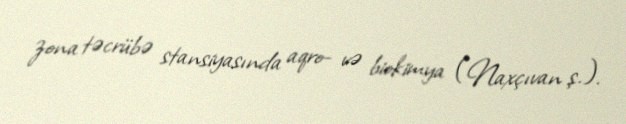
zona təcrübə stansiyasında aqro- və biokimya (Naxçıvan ş.).